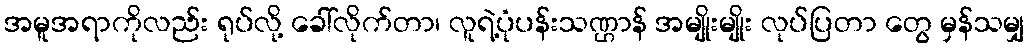
အမူအရာကိုလည်း ရုပ်လို့ ခေါ်လိုက်တာ၊ လူရဲ့ပုံပန်းသဏ္ဌာန် အမျိုးမျိုး လုပ်ပြတာ တွေ မှန်သမျှ